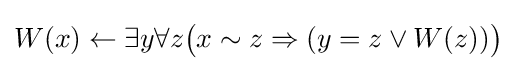
W(x)\leftarrow \exists y\forall z{\bigl (}x\sim z\Rightarrow (y=z\vee W(z)){\bigr )}